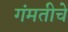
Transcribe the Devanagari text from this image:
गंमतीचे